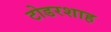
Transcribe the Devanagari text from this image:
टोडरशाह